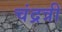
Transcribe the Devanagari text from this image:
चंद्रत्री